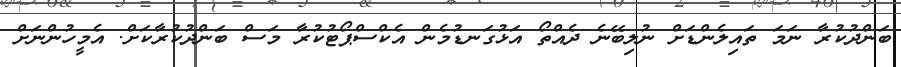
ބަންދުކުރާ ނަމަ ތައިލެންޑަށް ނުލިބޭނެ ދެއްތޯ އަޅުގަނޑުމެން އެކްސްޕޯޓުކުރާ މަސް ބަންދުކުރާކަށް. އެމީހުންނަށް